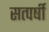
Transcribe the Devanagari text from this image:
सत्पर्षी